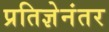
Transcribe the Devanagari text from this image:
प्रतिज्ञेनंतर